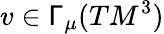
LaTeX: v\in\mathsf{\Gamma}_{\mu}(TM^{3})